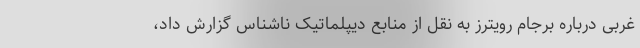
غربی درباره برجام رویترز به نقل از منابع دیپلماتیک ناشناس گزارش داد،